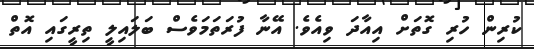
ކުރިން ހުރި ގޮތަށް އިއާދަ ވިއެވެ. އޭނާ ފުރަތަމަވެސް ބަލައިލީ ތިރީގައި އޮތް